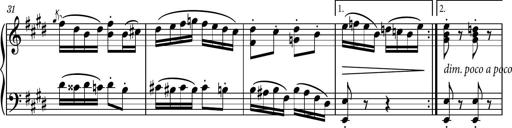
Title: Piano Sonatina No.7
Composer: Dimitri Sykias
Key: G major